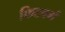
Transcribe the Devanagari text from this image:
फिटबर्ग